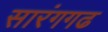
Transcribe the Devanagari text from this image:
सारंगगढ